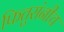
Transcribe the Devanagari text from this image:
फितुरांनीच